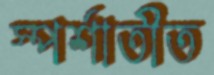
স্পর্শাতীত